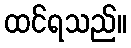
ထင်ရသည်။